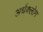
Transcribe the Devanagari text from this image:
अर्धक्लोम